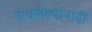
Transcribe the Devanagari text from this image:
पावलेल्यांनाही